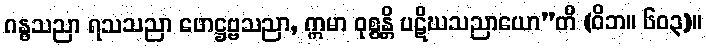
ဂန္ဓသညာ ရသသညာ ဖောဋ္ဌဗ္ဗသညာ, ဣမာ ဝုစ္စန္တိ ပဋိဃသညာယော”တိ (ဝိဘ။ ၆၀၃)။